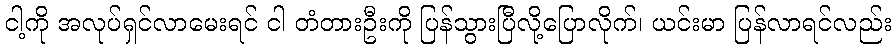
ငါ့ကို အလုပ်ရှင်လာမေးရင် ငါ တံတားဦးကို ပြန်သွားပြီလို့ပြောလိုက်၊ ယင်းမာ ပြန်လာရင်လည်း